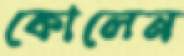
কোলেন